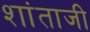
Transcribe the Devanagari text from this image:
शांताजी